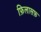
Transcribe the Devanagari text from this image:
फ़िलासफ़